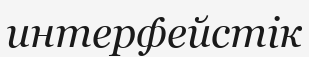
интерфейстік